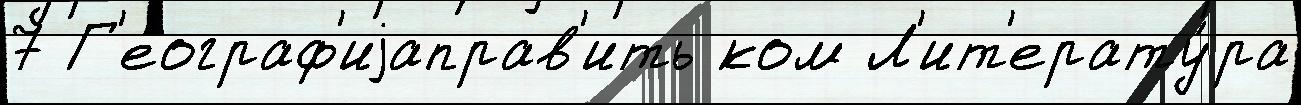
7 Г'еограф'иjаправ'ить ком Л'ит'ерату́ра